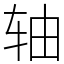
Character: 轴